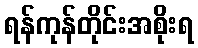
ရန်ကုန်တိုင်းအစိုးရ